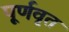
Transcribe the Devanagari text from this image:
पूर्णवृत